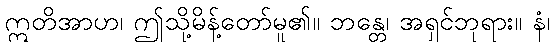
ဣတိအာဟ၊ ဤသို့မိန့်တော်မူ၏။ ဘန္တေ၊ အရှင်ဘုရား။ နံ၊